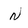
Character: N